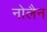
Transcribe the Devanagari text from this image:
नोलैन